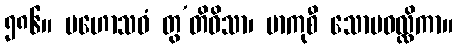
၅၈၆။ မဟောသဓံ တွ’တိဝိသာ၊ ဗာကုစီ သောမဝလ္လိကာ။